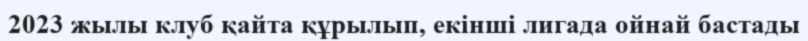
2023 жылы клуб қайта құрылып, екінші лигада ойнай бастады